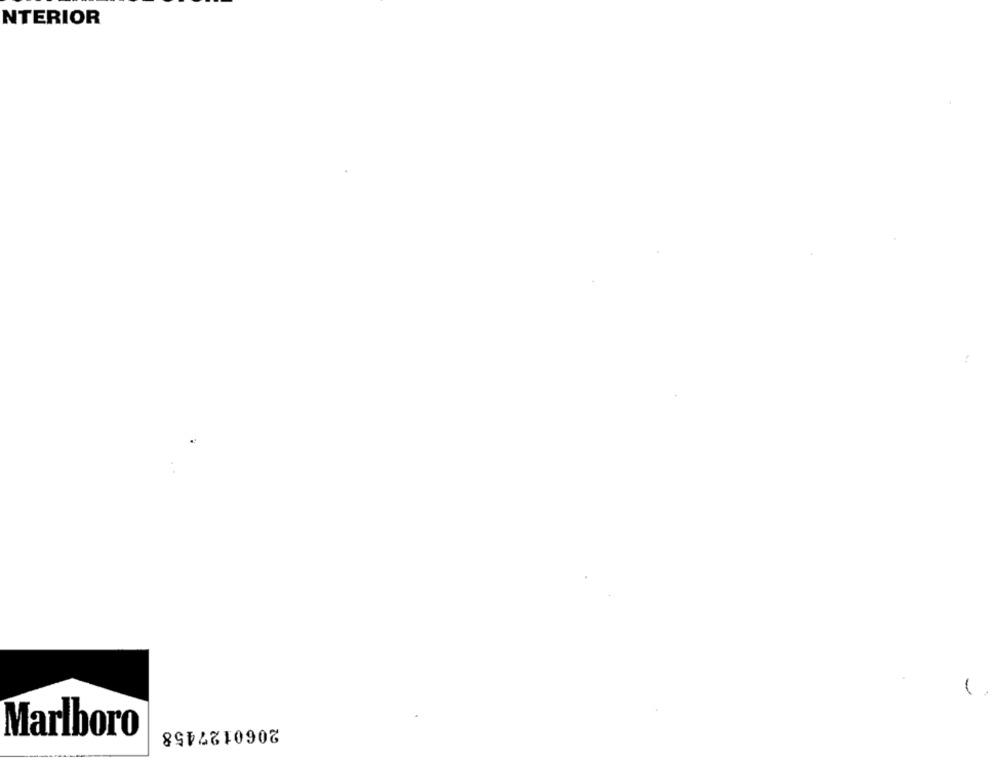
NTERIOR
2060127458
Marlboro